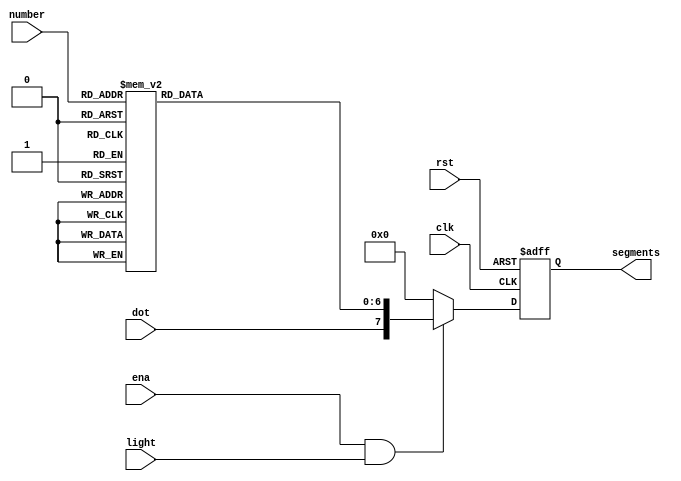


module display_fromDecToSegment(
	input clk,
	input rst,
	
	input ena,
	input light,
	
	input[5:0] number,
	input dot,
	
	output reg[7:0] segments
);

reg[7:0] n_segments;

reg A = 0;
reg B = 0;
reg C = 0;
reg D = 0;
reg E = 0;
reg F = 0;
reg G = 0;

always@(posedge clk or posedge rst)
	if(rst) segments <= 0;
	else segments <= n_segments;

always@(*)begin
	
	A = 0;
	B = 0;
	C = 0;
	D = 0;
	E = 0;
	F = 0;
	G = 0;
	
		case(number)
			1:begin // 0
				A = 1; B = 1; C = 1; D = 1; E = 1; F = 1; G = 0;
			end
			2:begin // 1
				A = 0; B = 1; C = 1; D = 0; E = 0; F = 0; G = 0;
			end
			3:begin // 2
				A = 1; B = 1; C = 0; D = 1; E = 1; F = 0; G = 1;
			end
			4:begin // 3
				A = 1; B = 1; C = 1; D = 1; E = 0; F = 0; G = 1;
			end
			5:begin // 4
				A = 0; B = 1; C = 1; D = 0; E = 0; F = 1; G = 1;
			end
			6:begin // 5
				A = 1; B = 0; C = 1; D = 1; E = 0; F = 1; G = 1;
			end
			7:begin // 6
				A = 1; B = 0; C = 1; D = 1; E = 1; F = 1; G = 1;
			end
			8:begin // 7
				A = 1; B = 1; C = 1; D = 0; E = 0; F = 0; G = 0;
			end
			9:begin // 8
				A = 1; B = 1; C = 1; D = 1; E = 1; F = 1; G = 1;
			end
			10:begin // 9
				A = 1; B = 1; C = 1; D = 1; E = 0; F = 1; G = 1;
			end
			
			11:begin // A
				A = 1; B = 1; C = 1; D = 0; E = 1; F = 1; G = 1;
			end
			12:begin // b
				A = 0; B = 0; C = 1; D = 1; E = 1; F = 1; G = 1;
			end
			13:begin // c
				A = 0; B = 0; C = 0; D = 1; E = 1; F = 0; G = 1;
			end
			14:begin // d
				A = 0; B = 1; C = 1; D = 1; E = 1; F = 0; G = 1;
			end
			15:begin // E
				A = 1; B = 0; C = 0; D = 1; E = 1; F = 1; G = 1;
			end
			16:begin // F
				A = 1; B = 0; C = 0; D = 0; E = 1; F = 1; G = 1;
			end
			17:begin // G
				A = 1; B = 0; C = 1; D = 1; E = 1; F = 1; G = 0;
			end
			18:begin // h
				A = 0; B = 0; C = 1; D = 0; E = 1; F = 1; G = 1;
			end
			19:begin // i
				A = 0; B = 0; C = 1; D = 0; E = 0; F = 0; G = 0;
			end
			20:begin // J
				A = 0; B = 1; C = 1; D = 1; E = 0; F = 0; G = 0;
			end
			21:begin // k
				A = 0; B = 1; C = 0; D = 0; E = 1; F = 1; G = 1;
			end
			22:begin // l
				A = 0; B = 0; C = 0; D = 1; E = 1; F = 1; G = 0;
			end
			23:begin // m
				A = 0; B = 0; C = 1; D = 0; E = 0; F = 0; G = 1;
			end
			24:begin // n
				A = 0; B = 0; C = 1; D = 0; E = 1; F = 0; G = 1;
			end
			25:begin // o
				A = 0; B = 0; C = 1; D = 1; E = 1; F = 0; G = 1;
			end
			26:begin // P
				A = 1; B = 1; C = 0; D = 0; E = 1; F = 1; G = 1;
			end
			27:begin // q
				A = 1; B = 1; C = 1; D = 0; E = 0; F = 1; G = 1;
			end
			28:begin // r
				A = 0; B = 0; C = 0; D = 0; E = 1; F = 0; G = 1;
			end
			29:begin // S
				A = 0; B = 0; C = 1; D = 1; E = 0; F = 1; G = 1;
			end
			30:begin // t
				A = 0; B = 0; C = 0; D = 1; E = 1; F = 1; G = 1;
			end
			31:begin // u 
				A = 0; B = 0; C = 1; D = 1; E = 1; F = 0; G = 0;
			end
			32:begin // v 
				A = 0; B = 0; C = 1; D = 1; E = 1; F = 0; G = 0;
			end
			33:begin // w 
				A = 0; B = 0; C = 1; D = 1; E = 0; F = 0; G = 0;
			end
			34:begin // X
				A = 0; B = 1; C = 1; D = 0; E = 1; F = 1; G = 1;
			end
			35:begin // y
				A = 0; B = 1; C = 1; D = 1; E = 0; F = 1; G = 1;
			end
			36:begin // z
				A = 1; B = 1; C = 0; D = 1; E = 1; F = 0; G = 0;
			end
			37:begin // {
				A = 1; B = 0; C = 0; D = 1; E = 1; F = 0; G = 0;
			end
			38: begin
				A = 0; B = 0; C = 0; D = 0; E = 0; F = 0; G = 1;
			end
			default:;
		endcase
		
	if(ena & light) n_segments = {dot,G,F,E,D,C,B,A};
	else n_segments = 0;
	
end

endmodule